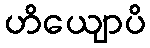
ဟိယျောပိ